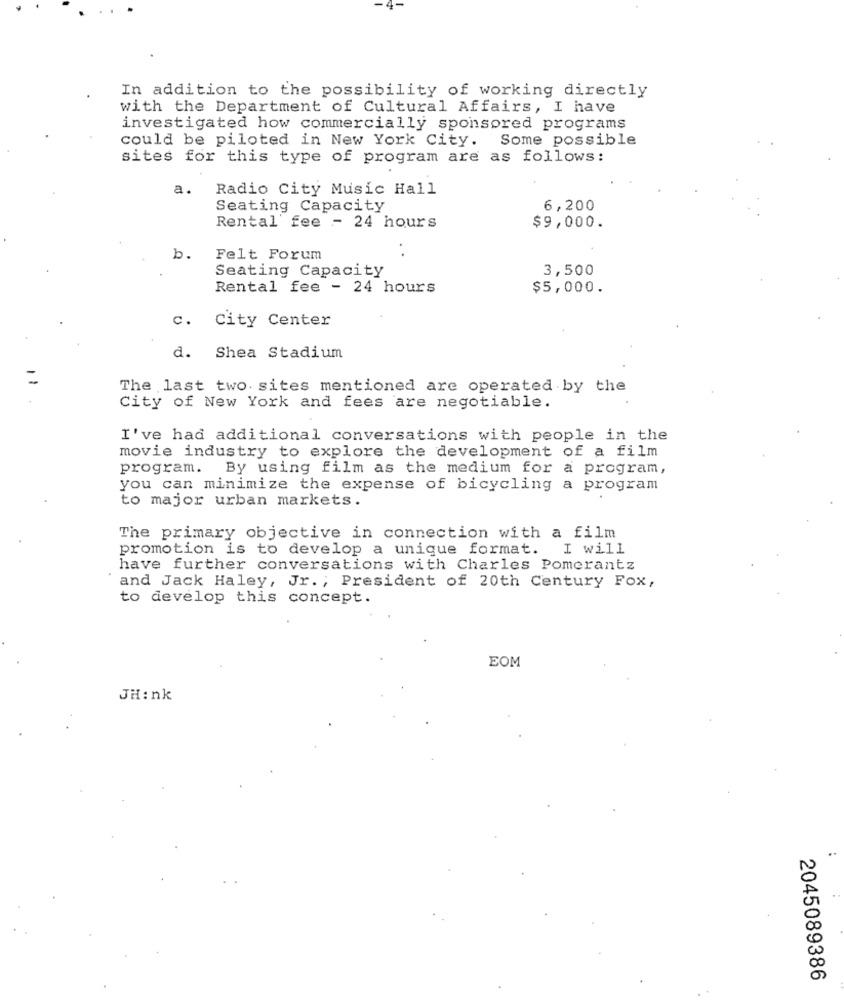
In addition to the possibility of working directly
with the Department of Cultural Affairs, I have
investigated how commercially sponsored programs
could be piloted in New York City. Some possible
sites for this type of program are as follows:
a.
Radio City Music Hall
Seating Capacity
6,200
Rental fee - 24 hours
$9,000.
b.
Felt Forum
. .
Seating Capacity
3,500
Rental fee - 24 hours
$5,000.
c.
City Center
a.
Shea Stadium
The last two sites mentioned are operated by the
City of New York and fees are negotiable.
I've had additional conversations with people in the
movie industry to explore the development of a film
program.
By using film as the medium for a program,
you can minimize the expense of bicycling a program
to major urban markets.
The primary objective in connection with a film
promotion is to develop a unique format. I will
have further conversations with Charles Pomerantz
and Jack Haley, Jr. ; President of 20th Century Fox,
to develop this concept.
EOM
JH:nk
2045089386